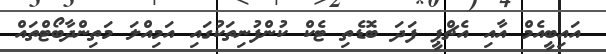
އައިބީއެމް އާއި އެޗްޕީ ފަދަ ބޮޑެތި ޓެކް ކުންފުނިތަކުގައި އަމިއްލަ މަތިންދާބޯޓްތައް